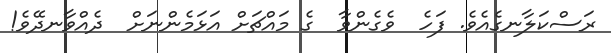
ރަސްކަލާނގެއެވެ. ފަހެ  ވެގެންވާ  ގެ މައްޗަށް އަޅަމެންނަށް  ދެއްވާނދޭވެ!